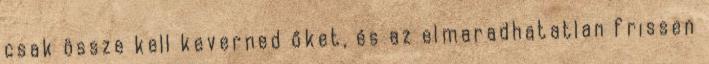
csak össze kell keverned őket, és az elmaradhatatlan frissen